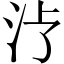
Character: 𱥶